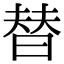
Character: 替